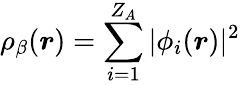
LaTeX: {\rho_{\beta}(\boldsymbol{r})=\sum_{i=1}^{Z_{A}}|\phi_{i}(\boldsymbol{r})|^{2}}